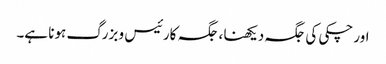
اور چکی کی جگہ دیکھنا ، جگہ کارئیس و بزرگ ہونا ہے۔